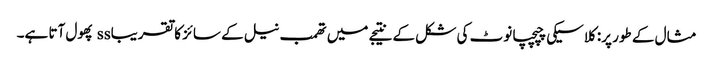
مثال کے طور پر: کلاسیکی چپچپا نوٹ کی شکل کے نتیجے میں تھمب نیل کے سائز کا تقریباss پھول آتا ہے۔